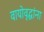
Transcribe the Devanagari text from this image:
वायोवृद्धांना